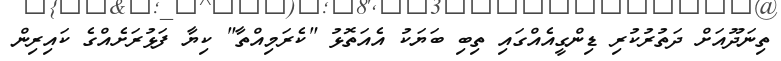
ތިނަދޫއަށް ދަތުރުކުރި ޑިންގީއެއްގައި ތިބި ބަޔަކު އެއަތޮޅު "ކެރަމިއްތާ" ކިޔާ ފަޅުރަށެއްގެ ކައިރިން